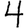
Digit: 4